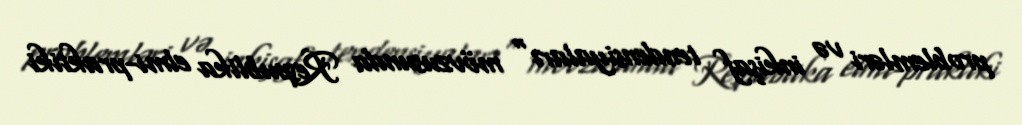
problemləri və inkişaf tendensiyaları" mövzusunda Respublika elmi-praktiki